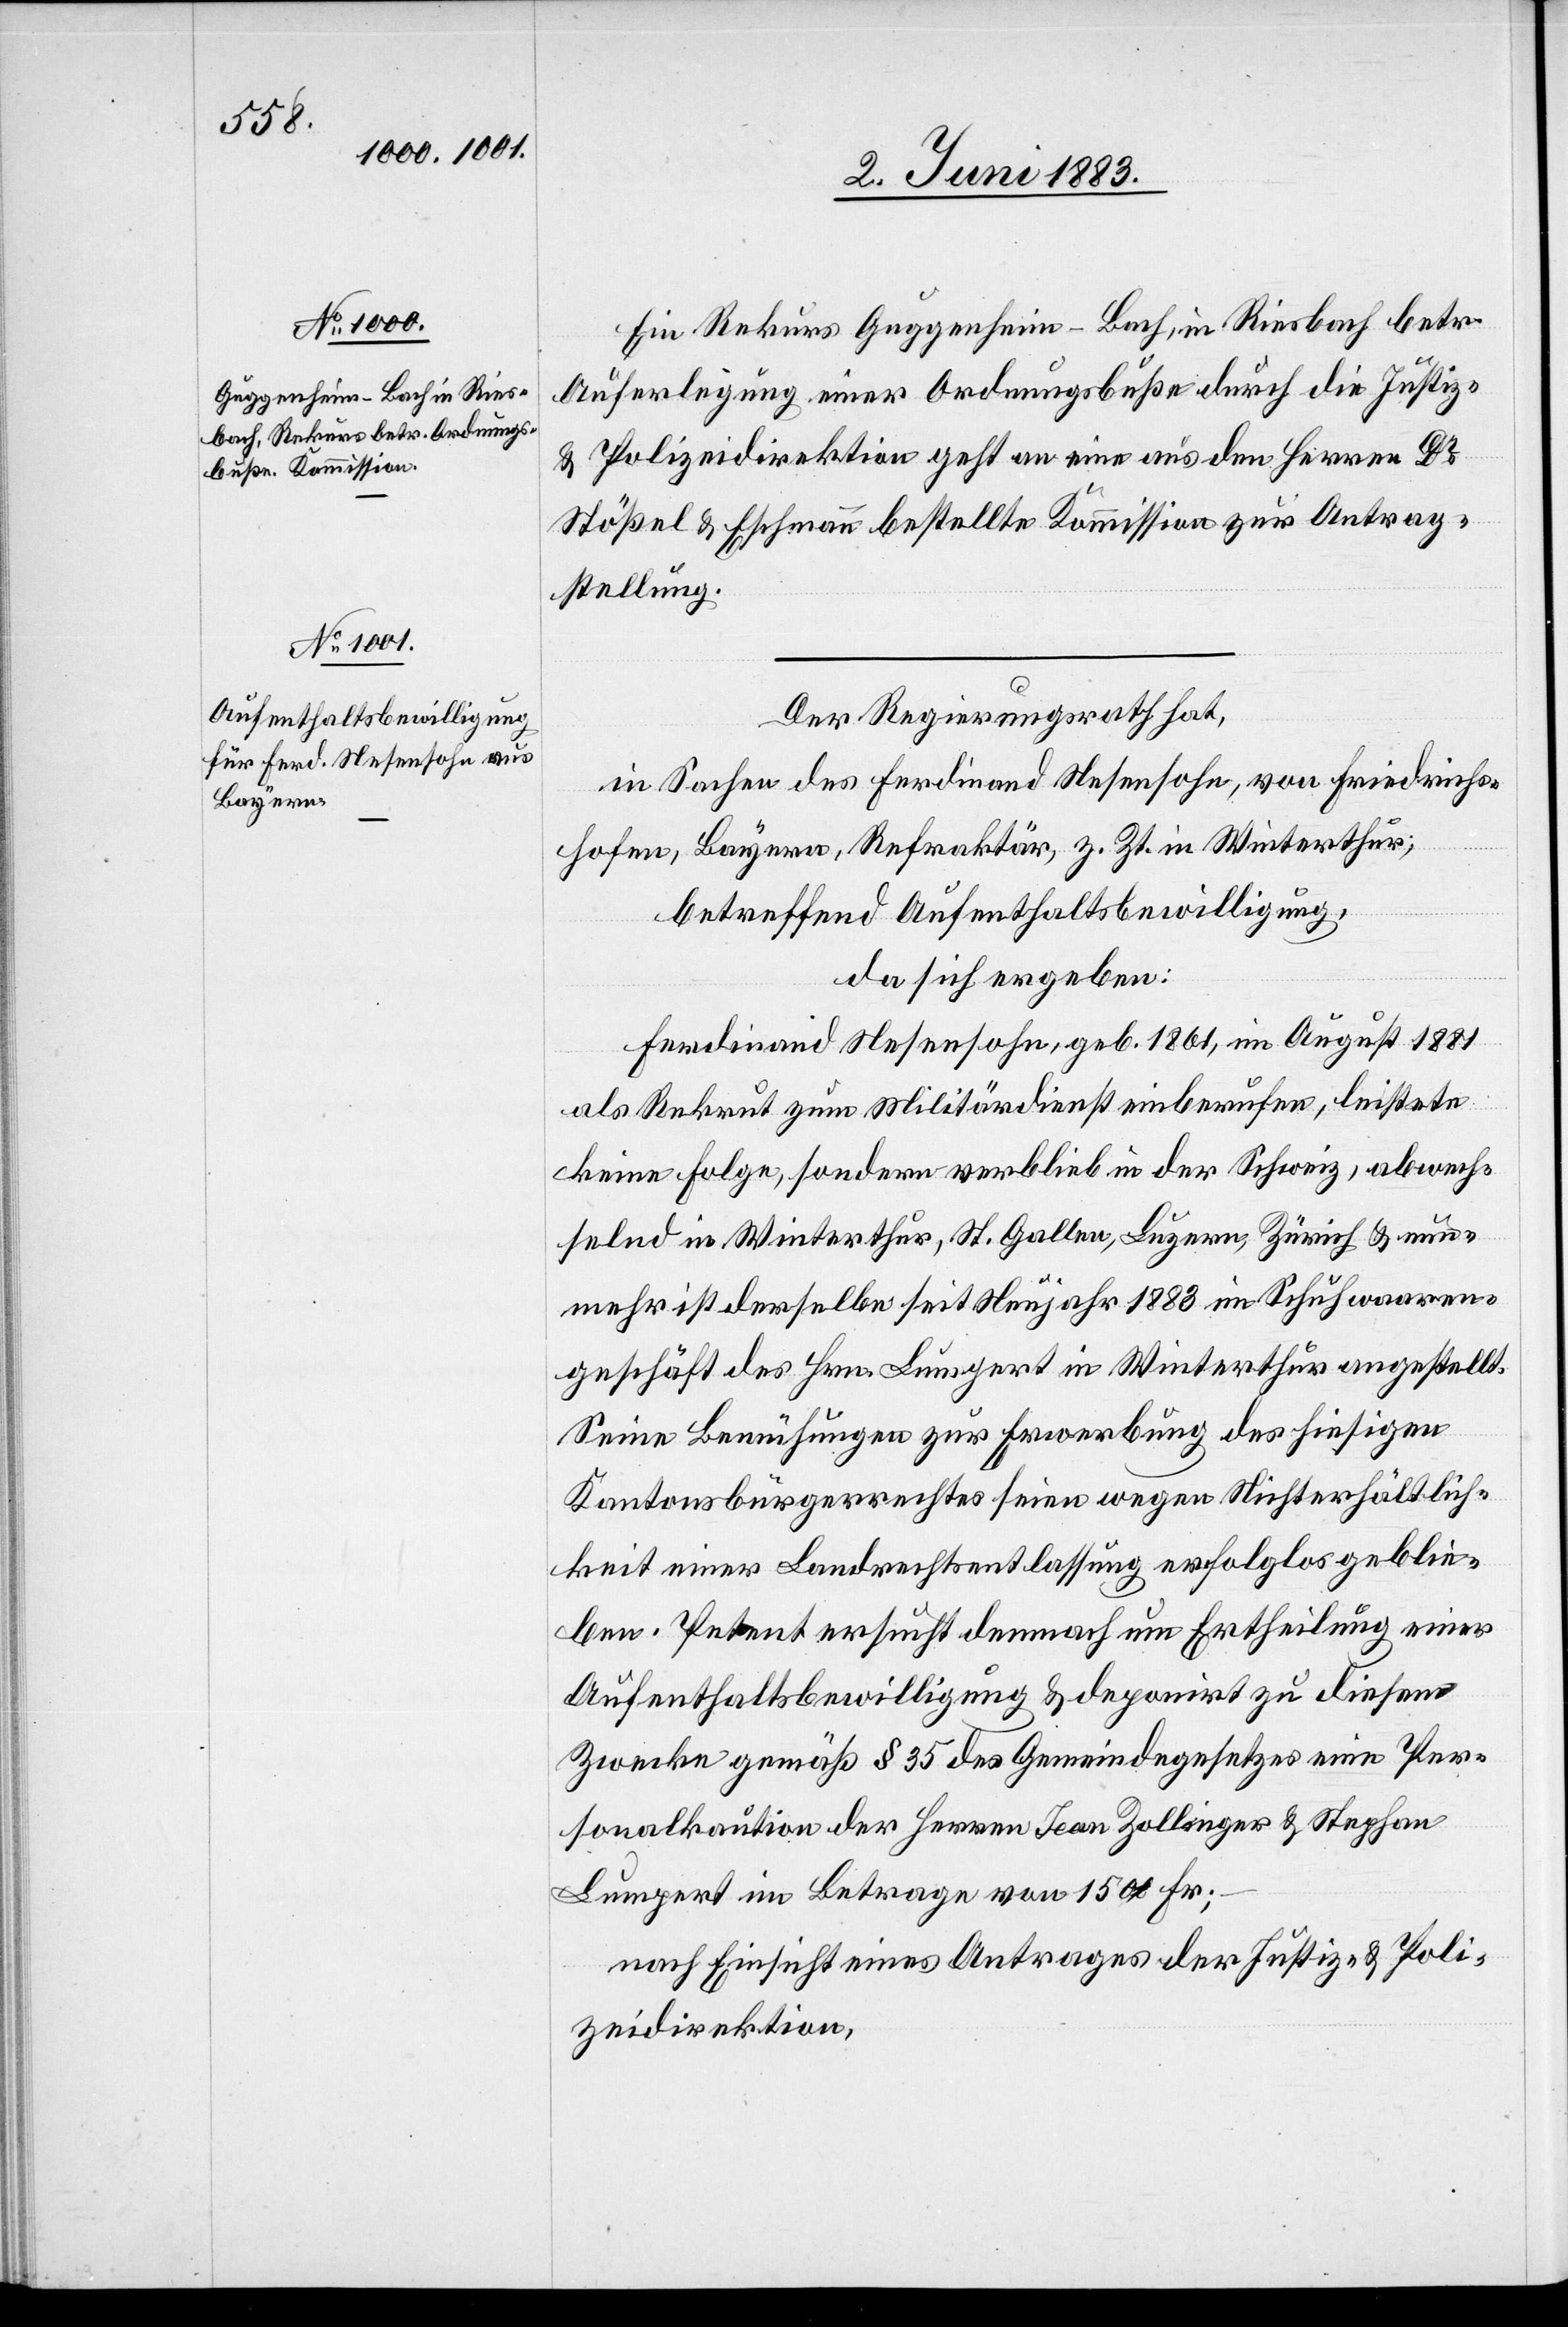
Ein Rekurs Guggenheim-Bach, in Riesbach betr.
Auferlegung einer Ordnungsbuße durch die Justiz-
& Polizeidirektion geht an eine aus den Herren Dr
Stößel & Eschmann bestellte Kommission zur Antrag¬
stellung.
Der Regierungsrath hat,
in Sachen des Ferdinand Nesensohn, von Friedrichs¬
hofen, Bayern, Refraktär, z. Zt. in Winterthur;
betreffend Aufenthaltsbewilligung,
da sich ergeben:
Ferdinand Nesensohn, geb. 1861, im August 1881
als Rekrut zum Militärdienst einberufen, leistete
keine Folge, sondern verblieb in der Schweiz, abwech¬
selnd in Winterthur, St. Gallen, Luzern, Zürich & nun¬
mehr ist derselbe seit Neujahr 1883 im Schuhwaaren¬
geschäft des Hrn. Lumpert in Winterthur angestellt.
Seine Bemühungen zur Erwerbung des hiesigen
Kantonsbürgerrechtes seien wegen Nichterhältlich¬
keit einer Landrechtsentlassung erfolglos geblie¬
ben. Petent ersucht demnach um Ertheilung einer
Aufenthaltsbewilligung & deponirt zu diesem
Zwecke gemäß § 35 des Gemeindegesetzes eine Per¬
sonalkaution der Herren Jean Zollinger & Stephan
Lumpert im Betrage von 1500 Fr.;
nach Einsicht eines Antrages der Justiz- & Poli¬
zeidirektion,